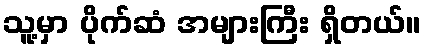
သူ့မှာ ပိုက်ဆံ အများကြီး ရှိတယ်။